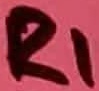
Text: R1